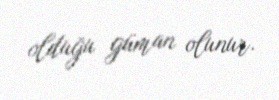
olduğu güman olunur.